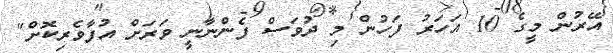
އޭރުން މީގެ 10 އަހަރު ފަހުން މި ދުވަސް ފެންނާނީ ވަރަށް އުފާވެރިކޮށް"